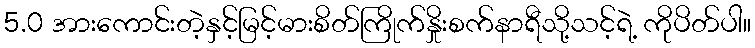
5.0 အားကောင်းတဲ့နှင့်မြင့်မားစိတ်ကြိုက်နှိုးစက်နာရီသို့သင့်ရဲ့ ကိုပိတ်ပါ။